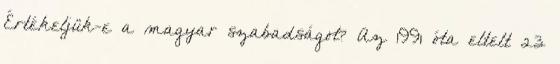
Értékeljük-e a magyar szabadságot? Az 1991 óta eltelt 23